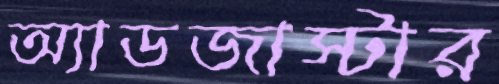
অ্যাডজাস্টার